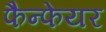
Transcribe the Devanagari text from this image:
फैन्फेयर